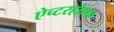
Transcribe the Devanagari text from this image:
ऐच्टरहोएक